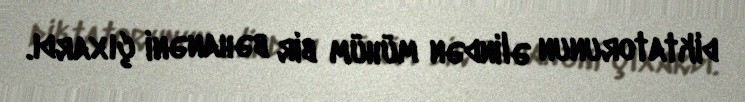
diktatorunun əlindən mühüm bir bəhanəni çıxardı.